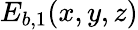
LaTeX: E_{b,1}(x,y,z)